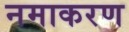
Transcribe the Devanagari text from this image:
नमाकरण